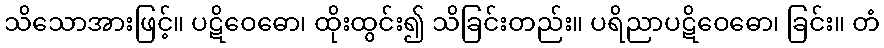
သိသောအားဖြင့်။ ပဋိဝေဓော၊ ထိုးထွင်း၍ သိခြင်းတည်း။ ပရိညာပဋိဝေဓော၊ ခြင်း။ တံ